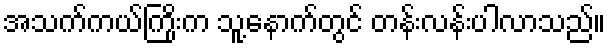
အသက်ကယ်ကြိုးက သူ့နောက်တွင် တန်းလန်းပါလာသည်။